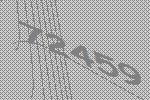
72459